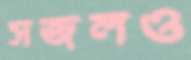
সজলও